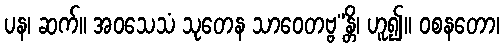
ပန၊ ဆက်။ အဝသေသံ သုတေန သာဝေတဗ္ဗ”န္တိ၊ ဟူ၍။ ဝစနတော၊